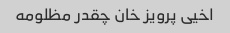
اخیی پرویز خان چقدر مظلومه